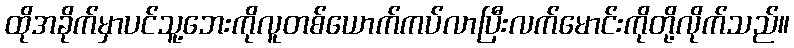
ထိုအခိုက်မှာပင်သူ့ဘေးကိုလူတစ်ယောက်ကပ်လာပြီးလက်မောင်းကိုတို့လိုက်သည်။